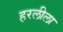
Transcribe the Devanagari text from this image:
हरलीला